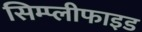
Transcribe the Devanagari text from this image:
सिम्प्लीफाइड